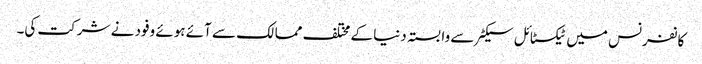
کانفرنس میں ٹیکسٹائل سیکٹر سے وابستہ دنیا کے مختلف ممالک سے آئے ہوئے وفود نے شرکت کی۔